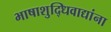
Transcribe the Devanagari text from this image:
भाषाशुद्धिवाद्यांना